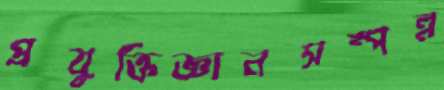
প্রযুক্তিজ্ঞানসম্পন্ন